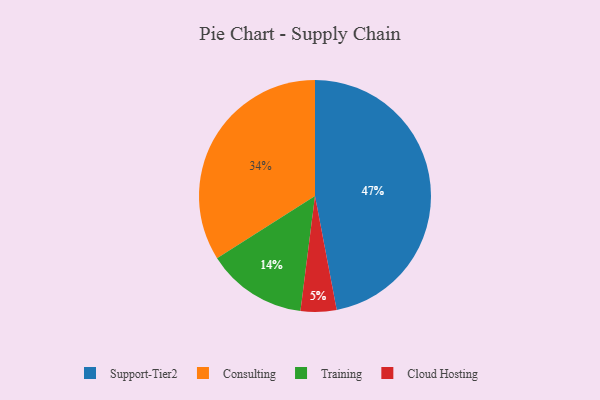
{"axis": {"x": "Category", "y": "Percentage"}, "legend": ["Cloud Hosting", "Consulting", "Support-Tier2", "Training"], "data": [{"x": "Training", "y": 14, "type": "Training"}, {"x": "Support-Tier2", "y": 47, "type": "Support-Tier2"}, {"x": "Cloud Hosting", "y": 5, "type": "Cloud Hosting"}, {"x": "Consulting", "y": 34, "type": "Consulting"}]}